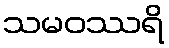
သမဝဿရိ